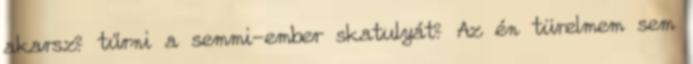
akarsz? tűrni a semmi-ember skatulyát? Az én türelmem sem